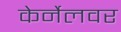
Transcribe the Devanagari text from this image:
केर्नेलवर